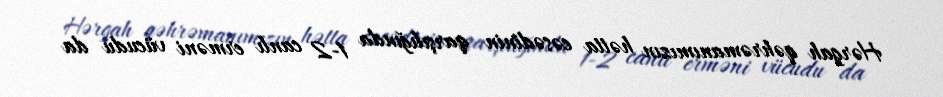
Hərgah qəhrəmanımızın hətta cəsədinin qarşılığında 1-2 canlı erməni vücudu da